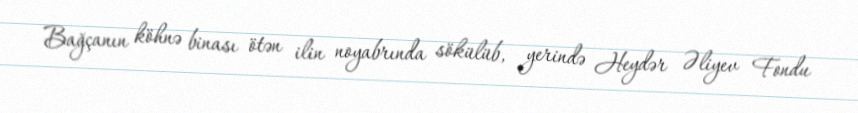
Bağçanın köhnə binası ötən ilin noyabrında sökülüb, yerində Heydər Əliyev Fondu